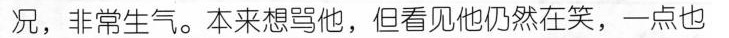
况，非常生气。本来想骂他，但看见他仍然在笑，一点也